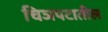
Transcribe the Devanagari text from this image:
चिञपटातील